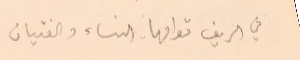
في الريف قوامها النساء والفتيان